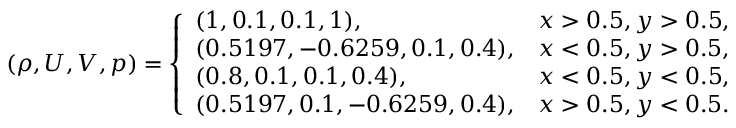
\begin{array} { r } { ( \rho , U , V , p ) = \left\{ \begin{array} { l l } { ( 1 , 0 . 1 , 0 . 1 , 1 ) , } & { x > 0 . 5 , y > 0 . 5 , } \\ { ( 0 . 5 1 9 7 , - 0 . 6 2 5 9 , 0 . 1 , 0 . 4 ) , } & { x < 0 . 5 , y > 0 . 5 , } \\ { ( 0 . 8 , 0 . 1 , 0 . 1 , 0 . 4 ) , } & { x < 0 . 5 , y < 0 . 5 , } \\ { ( 0 . 5 1 9 7 , 0 . 1 , - 0 . 6 2 5 9 , 0 . 4 ) , } & { x > 0 . 5 , y < 0 . 5 . } \end{array} \right. } \end{array}